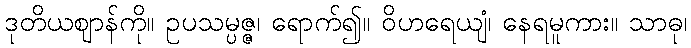
ဒုတိယဈာန်ကို။ ဥပသမ္ပဇ္ဇ၊ ရောက်၍။ ဝိဟရေယျံ၊ နေရမူကား။ သာဓု၊